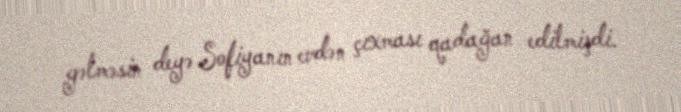
gəlməsin deyə Sofiyanın evdən çıxması qadağan edilmişdi.